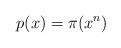
LaTeX: \begin{align*} p (x) = \pi (x^n)\end{align*}